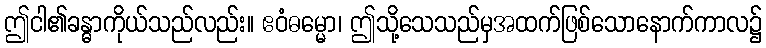
ဤငါ၏ခန္ဓာကိုယ်သည်လည်း။ ဧဝံဓမ္မော၊ ဤသို့သေသည်မှအထက်ဖြစ်သောနောက်ကာလ၌